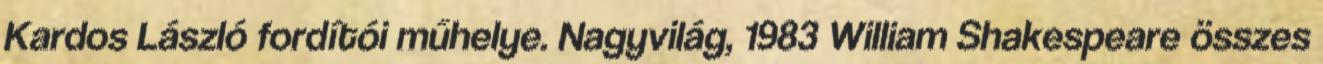
Kardos László fordítói műhelye. Nagyvilág, 1983 William Shakespeare összes